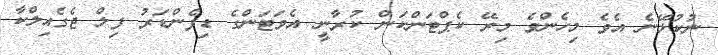
ނުކުޅޭނެ އެވެ މިހެންވެ މިރޭ ކެޕްޓަންކަން ކުރާނީ އެވަޓަންގެ ޑިފެންޑަރު ފިލް ޖެގެއިލްކާ